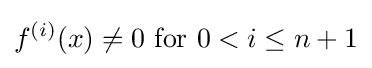
f^{(i)}(x)\neq 0{\text{ for }}0<i\leq n+1